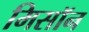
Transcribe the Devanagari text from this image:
मिसॉन